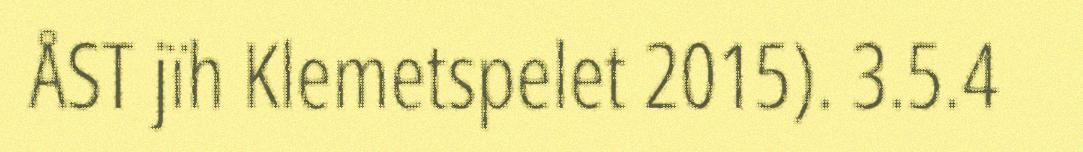
ÅST jïh Klemetspelet 2015). 3.5.4